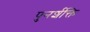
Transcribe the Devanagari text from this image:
पुनर्शक्ति